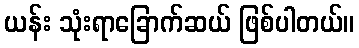
ယန်း သုံးရာခြောက်ဆယ် ဖြစ်ပါတယ်။